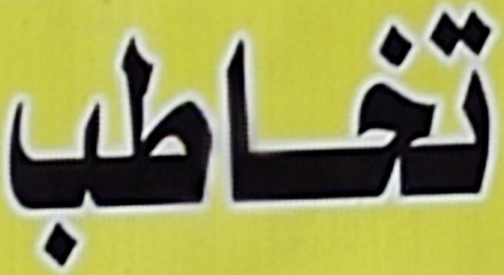
تخاطب